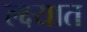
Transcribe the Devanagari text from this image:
ल्क्ष्यात